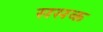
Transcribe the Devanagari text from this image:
ससक